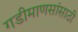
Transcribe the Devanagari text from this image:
गडीमाणसांसाठी